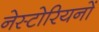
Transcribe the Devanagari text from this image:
नेस्टोरियनों